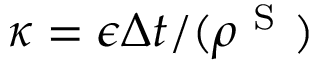
\kappa = \epsilon \Delta t / ( \rho ^ { \mathrm { ~ S ~ } } )